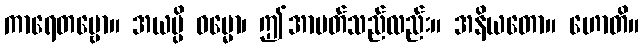
ကာရေတဗ္ဗော။ အယမ္ပိ ဓမ္မော၊ ဤအာပတ်သည်လည်း။ အနိယတော။ ဟောတိ။